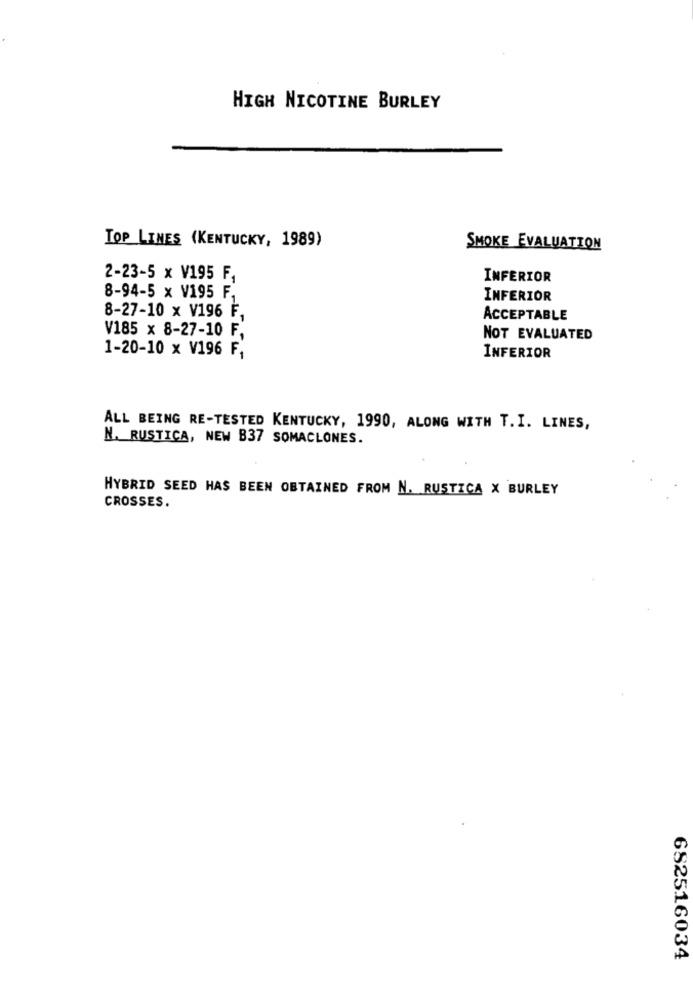
HIGH NICOTINE BURLEY
TOP LINES (KENTUCKY, 1989)
SMOKE EVALUATION
2-23-5 x V195 F.
INFERIOR
8-94-5 x V195 F.
INFERIOR
8-27-10 x V196 F.
ACCEPTABLE
V185 x 8-27-10 F.
NOT EVALUATED
1-20-10 x V196 F,
INFERIOR
ALL BEING RE-TESTED KENTUCKY, 1990, ALONG WITH T. I. LINES,
N. RUSTICA, NEW B37 SOMACLONES.
HYBRID SEED HAS BEEN OBTAINED FROM N. RUSTICA X BURLEY
CROSSES.
682516034